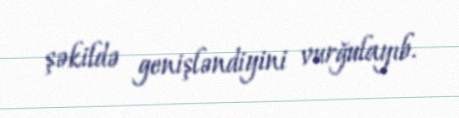
şəkildə genişləndiyini vurğulayıb.